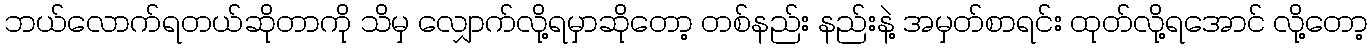
ဘယ်လောက်ရတယ်ဆိုတာကို သိမှ လျှောက်လို့ရမှာဆိုတော့ တစ်နည်း နည်းနဲ့ အမှတ်စာရင်း ထုတ်လို့ရအောင် လို့တော့